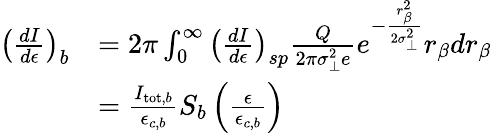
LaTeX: \begin{array}{rl}{\left(\frac{dI}{d\epsilon}\right)_{b}}&{=2\pi\int_{0}^{\infty}\left(\frac{dI}{d\epsilon}\right)_{sp}\frac{Q}{2\pi\sigma_{\perp}^{2}e}e^{-\frac{r_{\beta}^{2}}{2\sigma_{\perp}^{2}}}r_{\beta}dr_{\beta}}\\ &{=\frac{I_{\mathrm{tot},b}}{\epsilon_{c,b}}S_{b}\left(\frac{\epsilon}{\epsilon_{c,b}}\right)}\end{array}